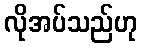
လိုအပ်သည်ဟု